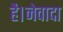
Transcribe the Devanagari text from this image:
है।नेवादा